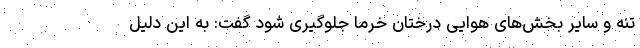
تنه و سایر بخش‌های هوایی درختان خرما جلوگیری شود گفت: به این دلیل